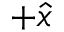
+ \hat { x }